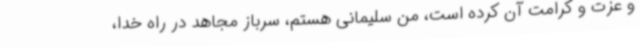
و عزت و کرامت آن کرده است، من سلیمانی هستم، سرباز مجاهد در راه خدا،